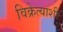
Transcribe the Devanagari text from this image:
विक्रेत्याशी